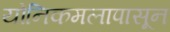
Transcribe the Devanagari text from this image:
योनिकमलापासून